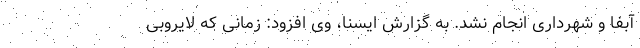
آبفا و شهرداری انجام نشد. به گزارش ایسنا، وی افزود: زمانی که لایروبی